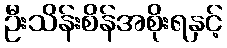
ဦးသိန်းစိန်အစိုးရနှင့်